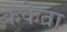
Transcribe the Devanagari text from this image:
ककेता